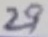
Text: 29